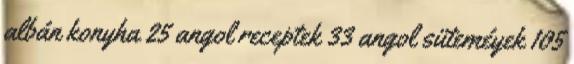
albán konyha 25 angol receptek 33 angol süteméyek 105